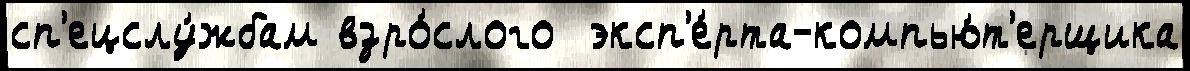
сп'ецслу́жбам взро́слого  эксп'е́рта-компью́т'ерщика